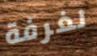
لغرفة